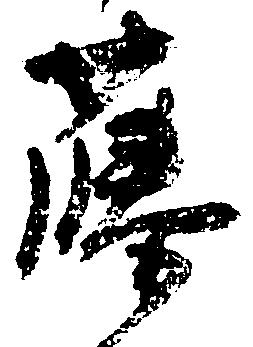
藤